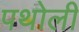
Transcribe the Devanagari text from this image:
पथोली